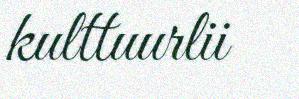
kulttuurlii